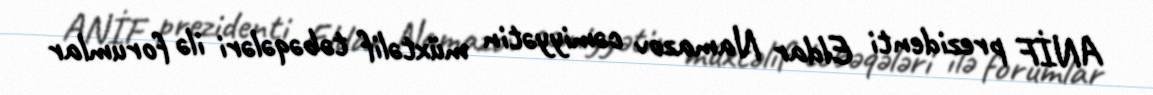
ANİF prezidenti Eldar Namazov cəmiyyətin müxtəlif təbəqələri ilə forumlar